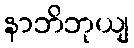
နာဘိဘုယျ